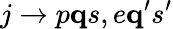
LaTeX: j\to p{\mathbf q}s,e{\mathbf q}^{\prime}s^{\prime}